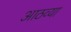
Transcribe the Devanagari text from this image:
आठव्‍या